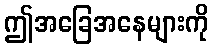
ဤအခြေအနေများကို